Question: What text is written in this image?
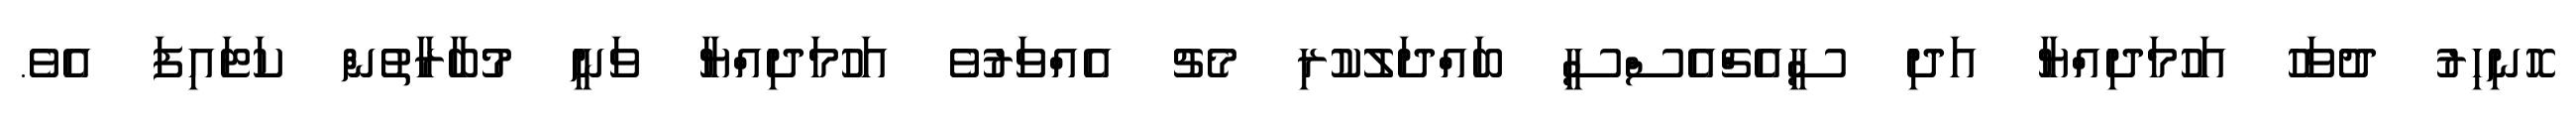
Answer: ހޮނިހިރު ދުވަހު އަހުމަދިއްޔާ އަދި ސީއެޗްއެސްސީ ބައްދަލުކުރި މެޗު އެއްވަރުވެ އަހުމަދިއްޔާ ވަނީ މުބާރާތުން ކަޓައިފަ އެވެ.